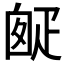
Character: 𤴙